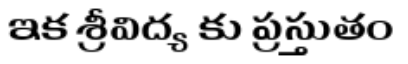
ఇక శ్రీవిద్య కు ప్రస్తుతం